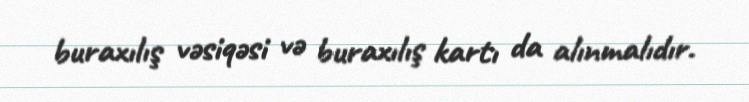
buraxılış vəsiqəsi və buraxılış kartı da alınmalıdır.